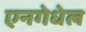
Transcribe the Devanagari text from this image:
एनगेधेल